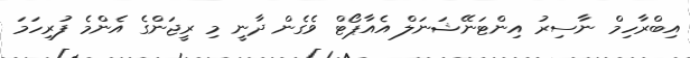
އިބްރާހިމް ނާސިރު އިންޓަނޭޝަނަލް އެއާޕޯޓް ވެގެން ދާނީ މި ރީޖަންގެ އެންމެ ފުރިހަމަ